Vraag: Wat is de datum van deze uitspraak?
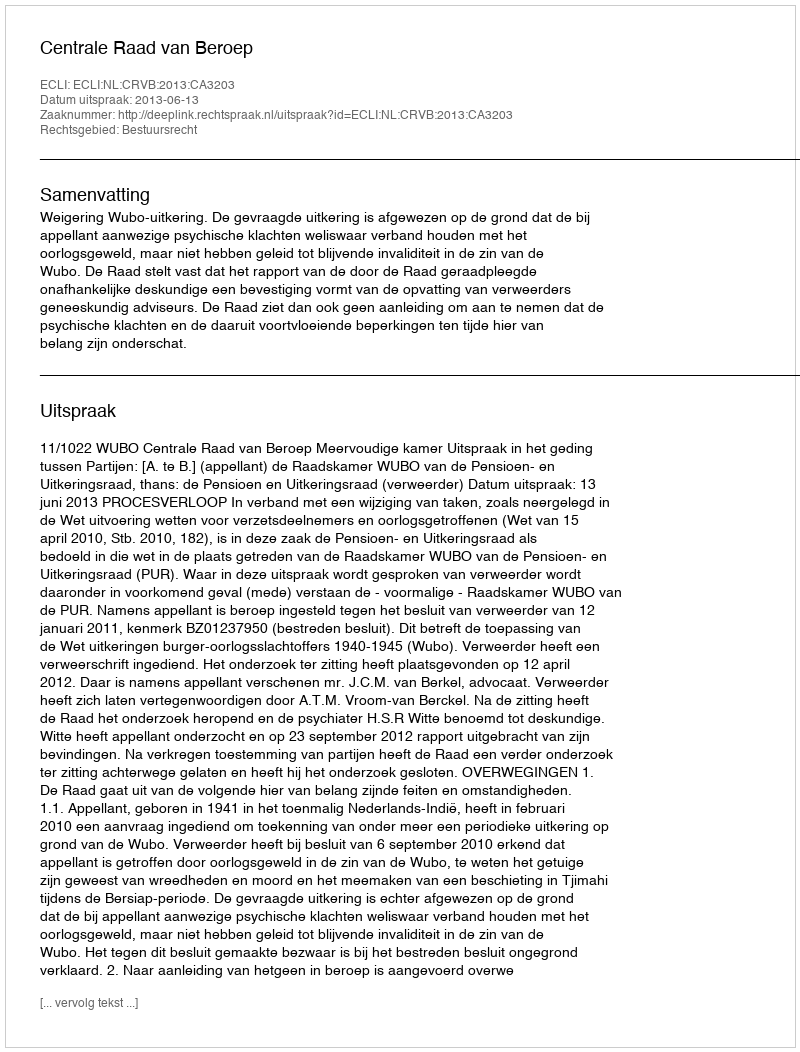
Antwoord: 2013-06-13